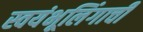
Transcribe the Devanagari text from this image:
स्वयंभूलिंगाची